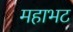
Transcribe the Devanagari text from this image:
महाभट